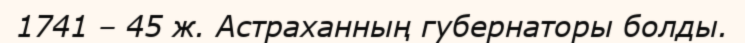
1741 – 45 ж. Астраханның губернаторы болды.